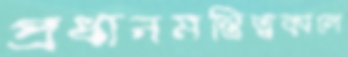
প্রধানমন্ত্রিত্বকালে